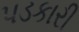
પડકારી